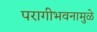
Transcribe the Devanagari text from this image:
परागीभवनामुळे